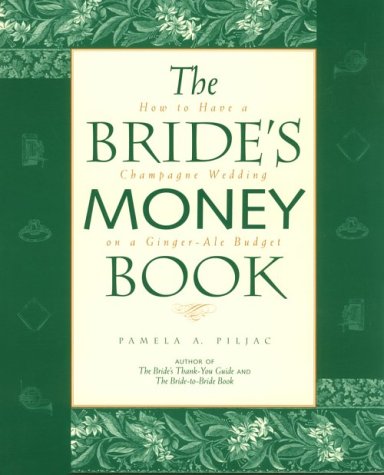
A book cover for The Bride's Money Book: How to Have a Champagne Wedding on a Ginger-Ale Budget; Pamela A. Piljac; Crafts, Hobbies & Home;